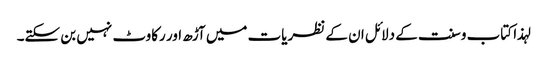
لہذا کتاب وسنت کے دلائل ان کے نظریات میں آڑھ اور رکاوٹ نہیں بن سکتے۔